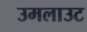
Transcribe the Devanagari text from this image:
उमलाउट